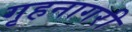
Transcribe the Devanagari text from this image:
गृहनागरी